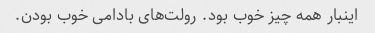
اینبار همه چیز خوب بود. رولت‌های بادامی خوب بودن.